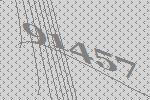
91457